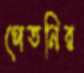
পেতনির